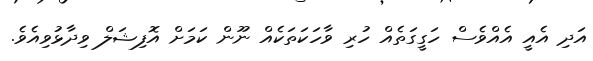
އަދި އެއީ އެއްވެސް ހަގީގަތެއް ހުރި ވާހަކަތަކެއް ނޫން ކަމަށް އޮފިޝަލް ވިދާޅުވިއެވެ.